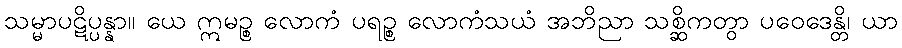
သမ္မာပဋိပ္ပန္နာ။ ယေ ဣမဉ္စ လောကံ ပရဉ္စ လောကံသယံ အဘိညာ သစ္ဆိကတွာ ပဝေဒေန္တိ၊ ယာ